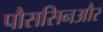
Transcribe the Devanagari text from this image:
पौससिनऔर